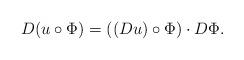
LaTeX: \begin{align*}D(u\circ\Phi)=((Du)\circ\Phi)\cdot D\Phi.\end{align*}